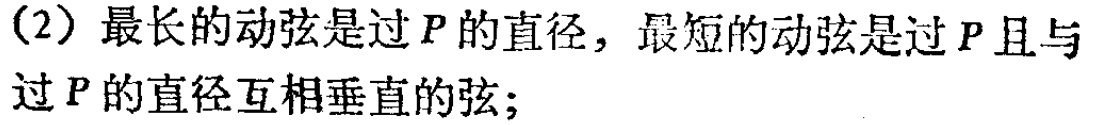
(2) 最长的动弦是过 \(P\) 的直径，最短的动弦是过 \(P\) 且与过 \(P\) 的直径互相垂直的弦；